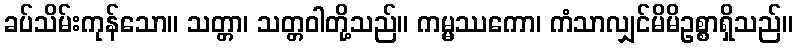
ခပ်သိမ်းကုန်သော။ သတ္တာ၊ သတ္တဝါတို့သည်။ ကမ္မဿကော၊ ကံသာလျှင်မိမိဥစ္စာရှိသည်။